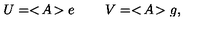
U = < \! A \! > e \: \: \: \: \: \: \: \: \: \: V = < \! A \! > g ,